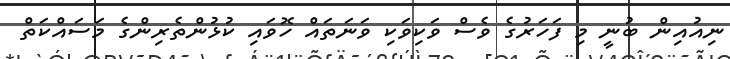
ނިއުއިން ބުނީ މި ފަހަރުގެ ވެސް ވަކިވަކި ވަނަތައް ހޮވައި ކުޅުންތެރިންގެ މަސައްކަތް